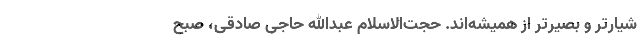
شیارتر و بصیرتر از همیشه‌اند. حجت‌الاسلام عبدالله حاجی‌ صادقی، صبح